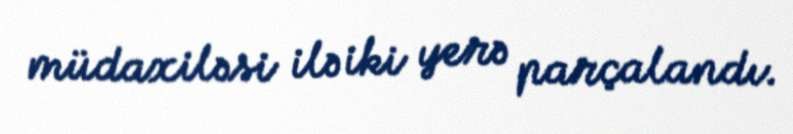
müdaxiləsi ilə iki yerə parçalandı.